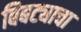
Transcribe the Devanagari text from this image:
बिबट्याचा